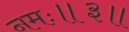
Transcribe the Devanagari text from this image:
नमः॥३॥